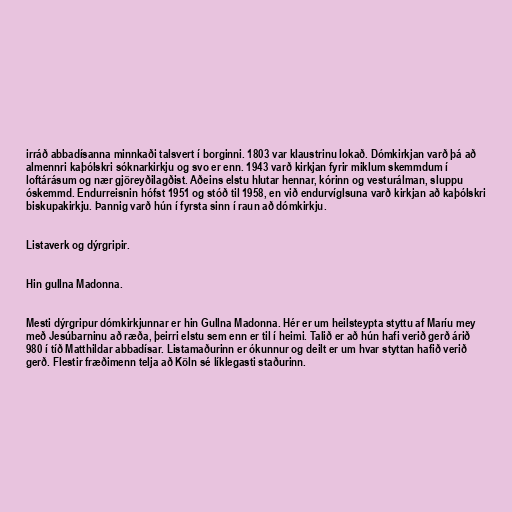
irráð abbadísanna minnkaði talsvert í borginni. 1803 var klaustrinu lokað. Dómkirkjan varð þá að
almennri kaþólskri sóknarkirkju og svo er enn. 1943 varð kirkjan fyrir miklum skemmdum í
loftárásum og nær gjöreyðilagðist. Aðeins elstu hlutar hennar, kórinn og vesturálman, sluppu
óskemmd. Endurreisnin hófst 1951 og stóð til 1958, en við endurvíglsuna varð kirkjan að kaþólskri
biskupakirkju. Þannig varð hún í fyrsta sinn í raun að dómkirkju.

Listaverk og dýrgripir.

Hin gullna Madonna.

Mesti dýrgripur dómkirkjunnar er hin Gullna Madonna. Hér er um heilsteypta styttu af Maríu mey
með Jesúbarninu að ræða, þeirri elstu sem enn er til í heimi. Talið er að hún hafi verið gerð árið
980 í tíð Matthildar abbadísar. Listamaðurinn er ókunnur og deilt er um hvar styttan hafið verið
gerð. Flestir fræðimenn telja að Köln sé líklegasti staðurinn.